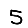
Digit: 5